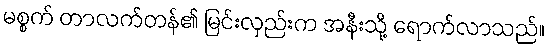
မစ္စက် တာလက်တန်၏ မြင်းလှည်းက အနီးသို့ ရောက်လာသည်။